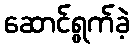
ဆောင်ရွက်ခဲ့